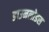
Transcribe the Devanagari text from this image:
डाउनलोडस